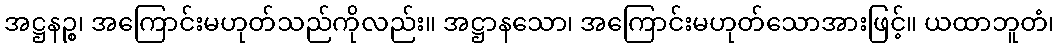
အဋ္ဌနဉ္စ၊ အကြောင်းမဟုတ်သည်ကိုလည်း။ အဋ္ဌာနသော၊ အကြောင်းမဟုတ်သောအားဖြင့်။ ယထာဘူတံ၊